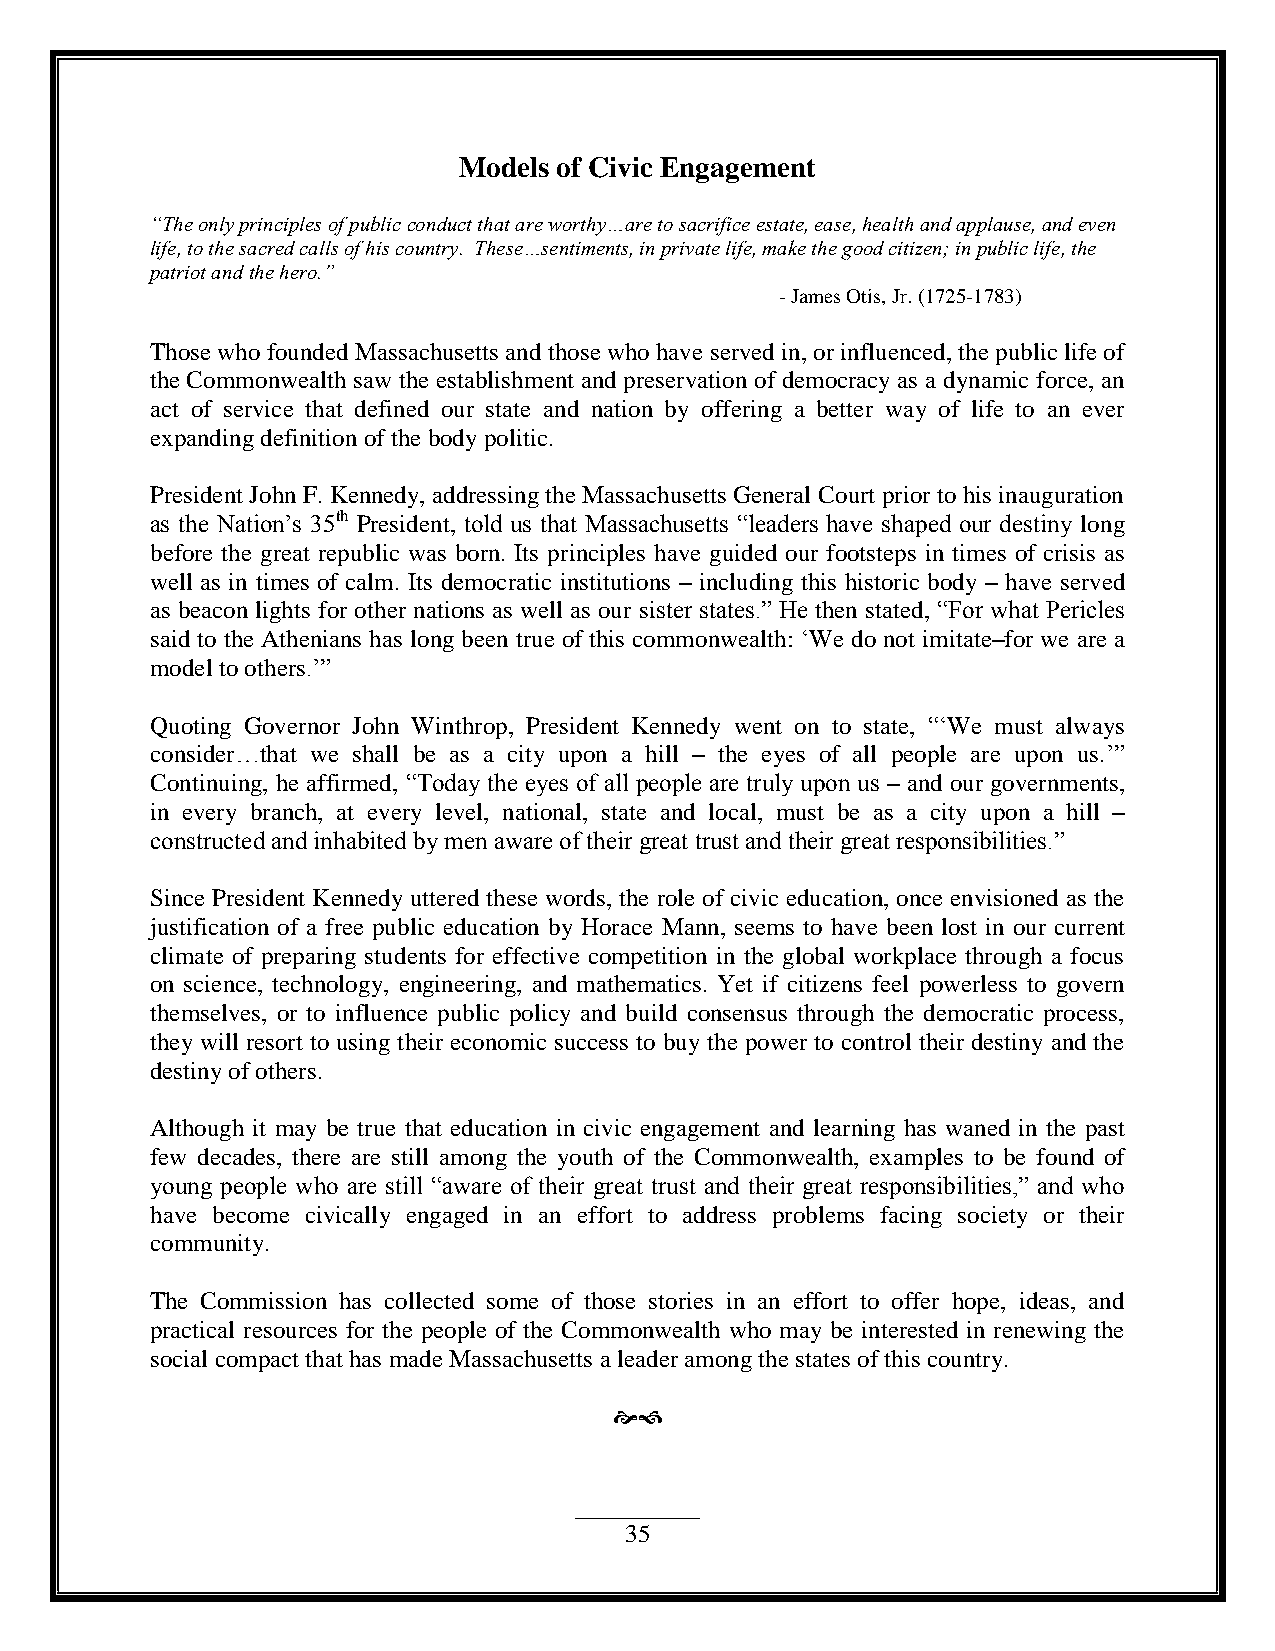
Models of Civic Engagement
 “The only principles of public conduct that are worthy…are to sacrifice estate, ease, health and applause, and even
 life, to the sacred calls of his country. These…sentiments, in private life, make the good citizen; in public life, the
 patriot and the hero.”
 - James Otis, Jr. (1725-1783)
 Those who founded Massachusetts and those who have served in, or influenced, the public life of
 the Commonwealth saw the establishment and preservation of democracy as a dynamic force, an
 act of service that defined our state and nation by offering a better way of life to an ever
 expanding definition of the body politic.
 President John F. Kennedy, addressing the Massachusetts General Court prior to his inauguration
 as the Nation‟s 35th President, told us that Massachusetts “leaders have shaped our destiny long
 before the great republic was born. Its principles have guided our footsteps in times of crisis as
 well as in times of calm. Its democratic institutions – including this historic body – have served
 as beacon lights for other nations as well as our sister states.” He then stated, “For what Pericles
 said to the Athenians has long been true of this commonwealth: „We do not imitate–for we are a
 model to others.‟”
 Quoting Governor John Winthrop, President Kennedy went on to state, “„We must always
 consider…that we shall be as a city upon a hill – the eyes of all people are upon us.‟”
 Continuing, he affirmed, “Today the eyes of all people are truly upon us – and our governments,
 in every branch, at every level, national, state and local, must be as a city upon a hill –
 constructed and inhabited by men aware of their great trust and their great responsibilities.”
 Since President Kennedy uttered these words, the role of civic education, once envisioned as the
 justification of a free public education by Horace Mann, seems to have been lost in our current
 climate of preparing students for effective competition in the global workplace through a focus
 on science, technology, engineering, and mathematics. Yet if citizens feel powerless to govern
 themselves, or to influence public policy and build consensus through the democratic process,
 they will resort to using their economic success to buy the power to control their destiny and the
 destiny of others.
 Although it may be true that education in civic engagement and learning has waned in the past
 few decades, there are still among the youth of the Commonwealth, examples to be found of
 young people who are still “aware of their great trust and their great responsibilities,” and who
 have become civically engaged in an effort to address problems facing society or their
 community.
 The Commission has collected some of those stories in an effort to offer hope, ideas, and
 practical resources for the people of the Commonwealth who may be interested in renewing the
 social compact that has made Massachusetts a leader among the states of this country.
 
 35